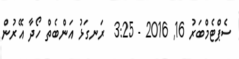
ސެޕްޓެމްބަރު 16